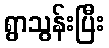
ရွာသွန်းပြီး